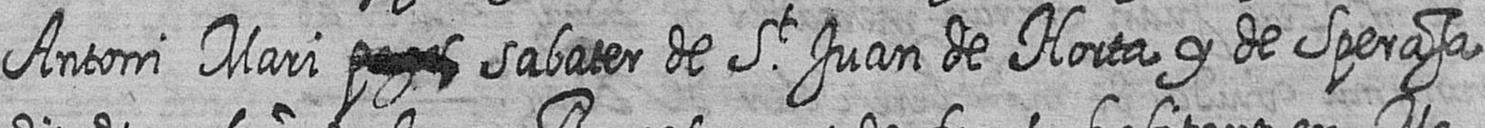
Antoni Mari # sabater de St Juan de Horta y de Sperasa